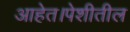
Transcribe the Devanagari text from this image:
आहेत।पेशीतील